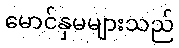
မောင်နှမများသည်